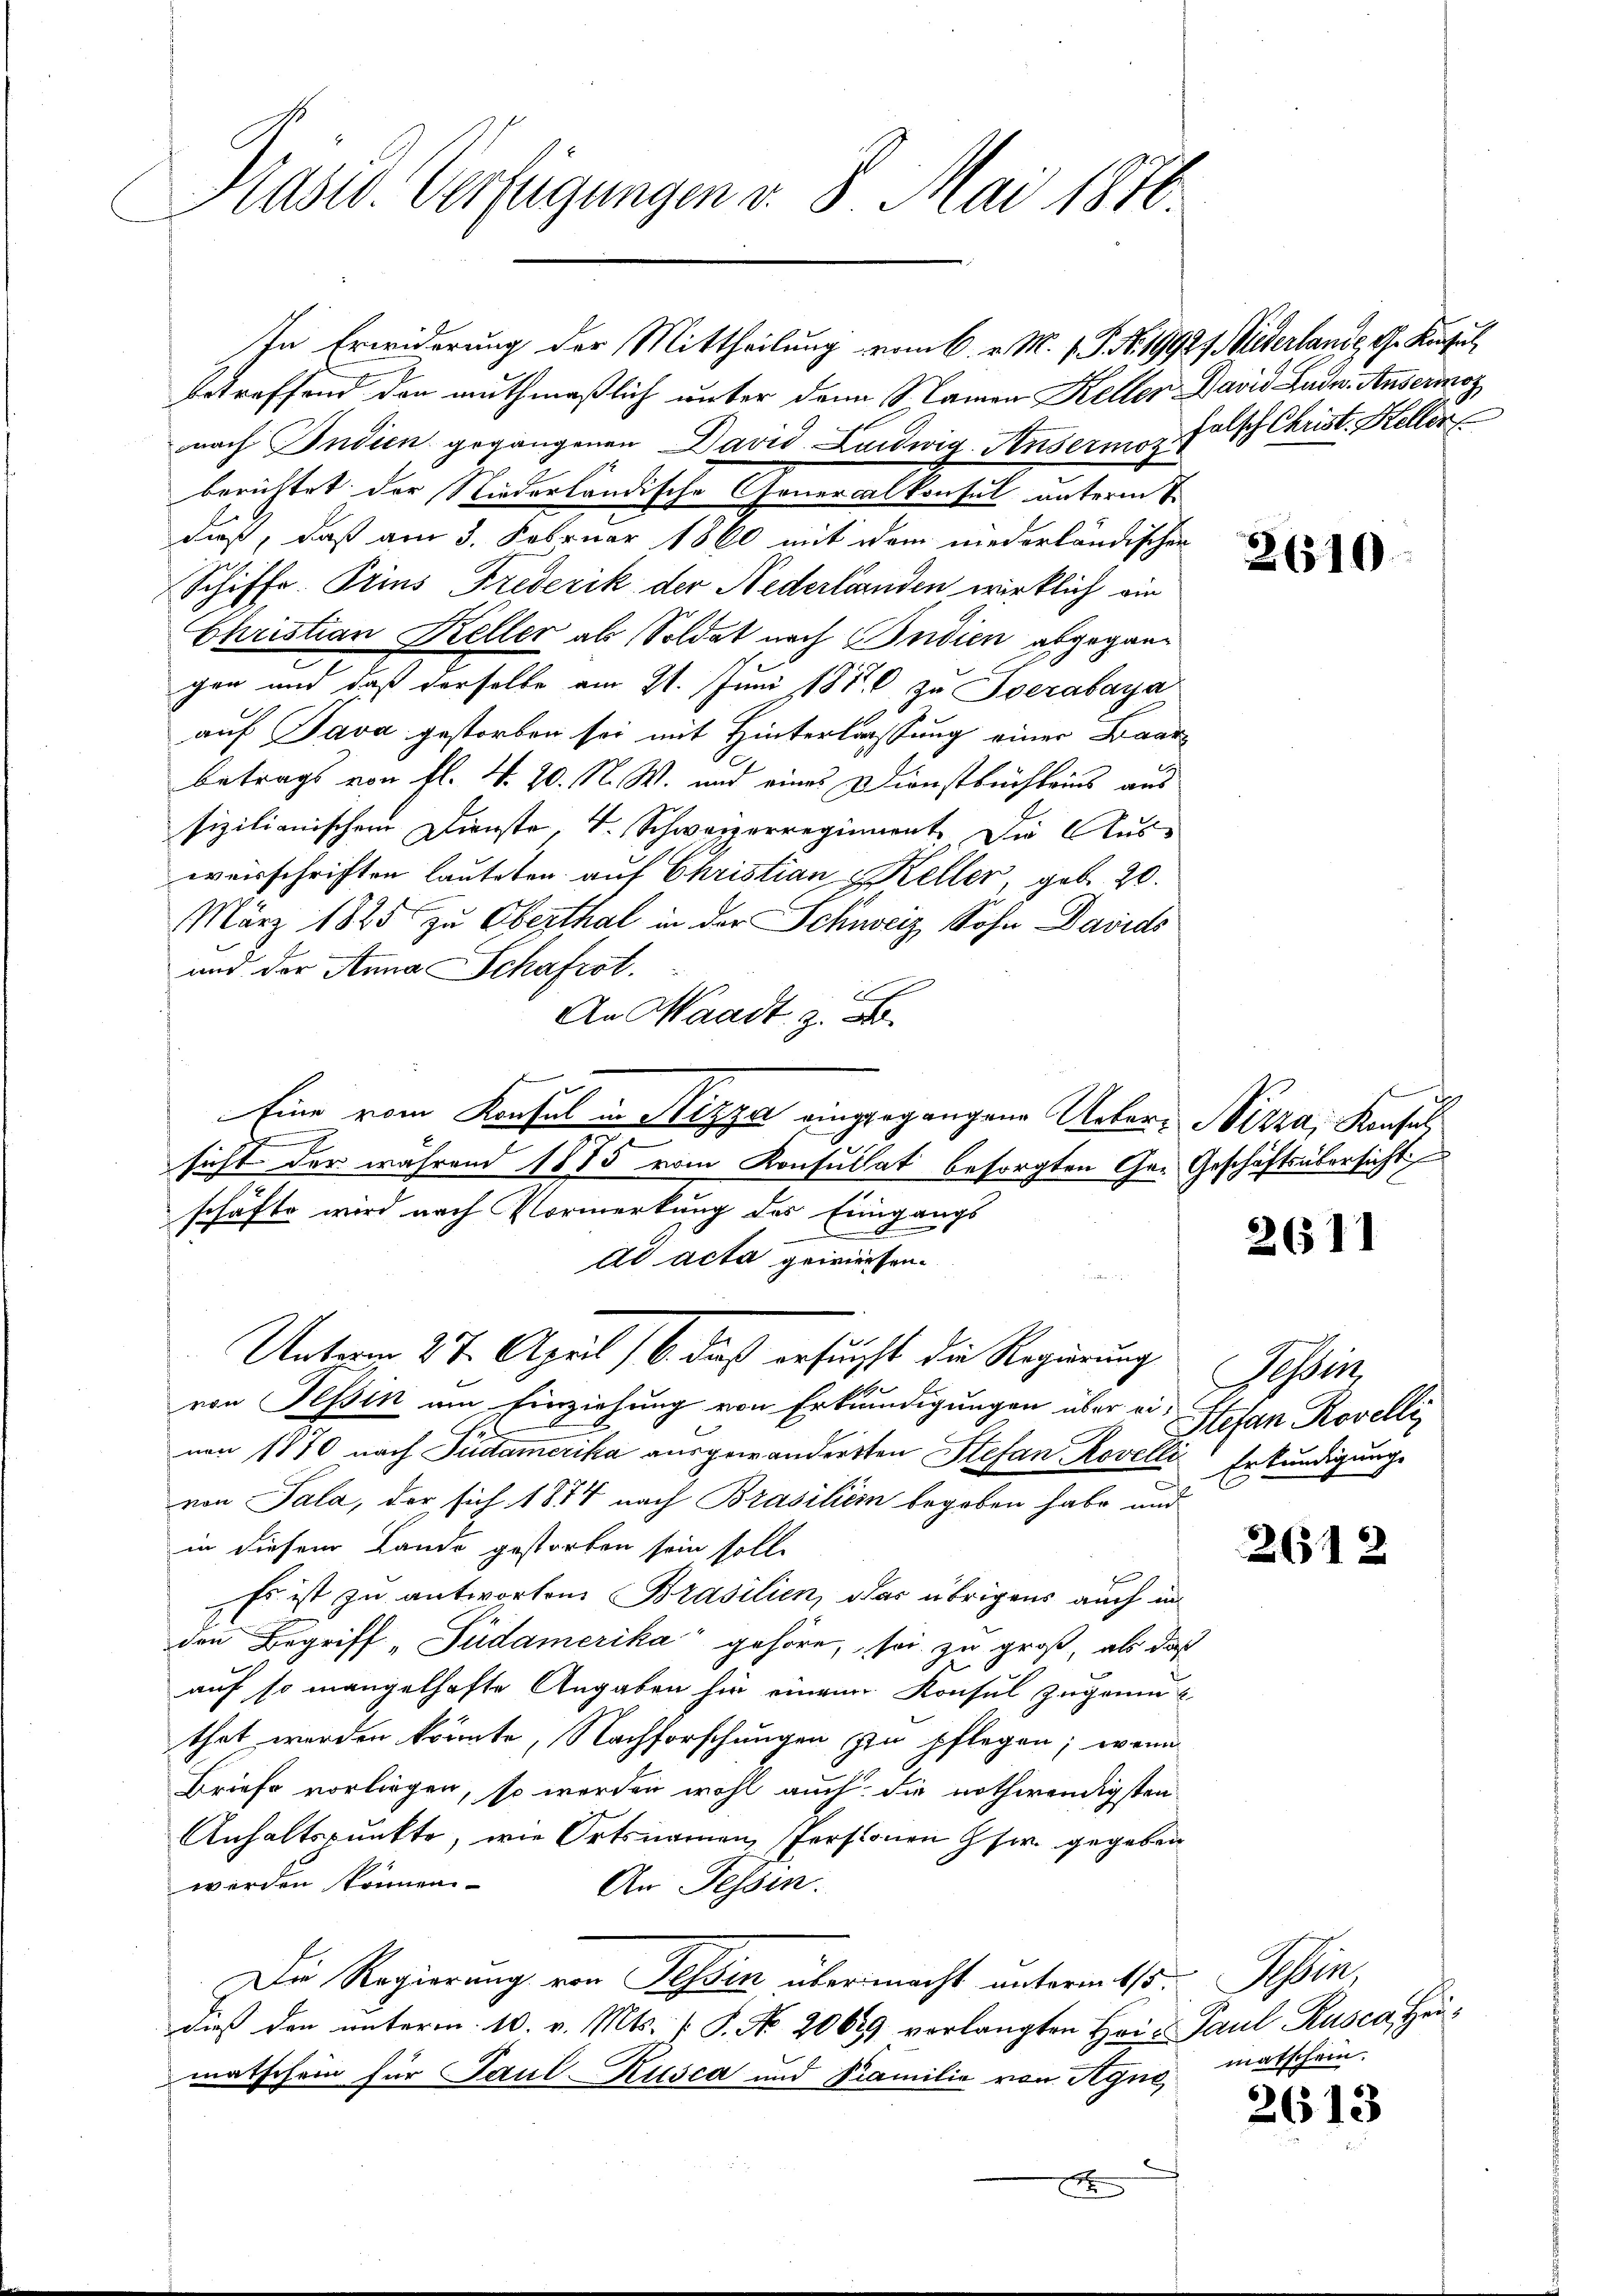
Präses Verfügungen v. 8. Mai 1870.

In Erwiderung der Mittheilung vom 6. v. M. v. J. No. 1992f Wiederlande G. Konsul
betreffend den muthmaßlich unter den Namen Keller David Lade. Ansermonach Indien gegangenen David Ludwig Ansermes falsch Christ. Kellerberichtet der Niederländische Generalkonsul unterm 1.
daß, daß am 3. Februar 1860 mit dem niederländischen
Schiffe. Prius Frederik der Nederlaenden wirklich ein
Christian Keller als Soldat nach Indien abgegangen und daß derselbe am 21. Juni 1880 zu verabaya
auf Java gestorben sei mit Hinterlassung einer Baar
betrags von fl. N. 20. N. W. und eines Dienstbuchleins aus
sizilianischem Dienste, v. Schwarzerregiment. Die Aus-
weisschriften lauteten auf Christian Keller, geb. 20.
März 1885 zu Oberthal in der Schweiz Sohn Davids
und der Anna Schaftet.
An Waadt z. B.
Eine vom Konsul in Nizza eingegangene Unter- Nizza, Konsule
sicht der während 1875 vom Konsultat besorgten Ge- Geschäftsübersicht
schäfte wird nach Vormerkung des Eingangs
dd acta gewiesen.
Unterm 27. April 16. dieß ersuchst die Regierung
von Tessin am Einziehung von Erkundigungen über eivon 1870 nach Südamerika ausgewändersten Stefan Rovelli Erkundigungs
von Sala, der sich 1874 nach Brasilien begeben habe und
in diesem Lande gestorben sein soll.
Es ist zu antworten Brasilien, das übrigens auch in
den Begriff „Südamerika gehöre, sei zu groß, als daß
auf so mangelhafte Angaben hin einem Konsul zugemuthet werden könnte, Nachforschungen zu pflegen; wenn
Briefe vorliegen, so werden wohl auch die nothwendigsten
Anhaltspunkte, wie Ortsnamen Personen Gsw. gegeben
werden können.
An Tessin.
Die Regierung von Tessin über macht unterm 15.
dieß den unterm 10. v. Mts. [S. No. 2064 verlangten Hei- Paul Rusca, Heumatschein für Paul Kusca und Familie von Agno, matschein
x

2610

d

26511

Tessin
Stefan Rovelli

2612

Win

2613